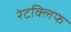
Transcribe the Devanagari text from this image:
रेटक्लिफ